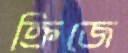
ক্রিজে